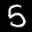
Label: 5